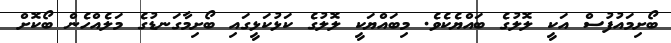
ބޯށިމައުފުސް އަކީ ލޮލުގެ ބައްޔެކެވެ. މިބައްޔަކީ ލޮލުގެ ކަޅުކަޅީގައި ބޯށިމާގަނޑުގެ މަލެއްހެން ބޯކޮށް